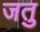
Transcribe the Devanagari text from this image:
जतु